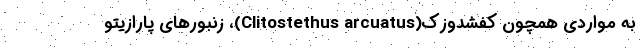
به مواردی همچون کفشدوزک(Clitostethus arcuatus)، زنبورهای پارازیتو